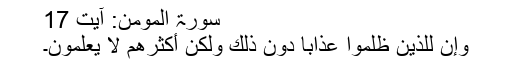
سورۃ المومن: آیت 17
وَإِنَّ لِلَّذِينَ ظَلَمُوا عَذَابًا دُونَ ذَلِكَ وَلَكِنَّ أَكْثَرَهُمْ لَا يَعْلَمُونَ۔